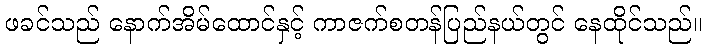
ဖခင်သည် နောက်အိမ်ထောင်နှင့် ကာဇက်စတန်ပြည်နယ်တွင် နေထိုင်သည်။